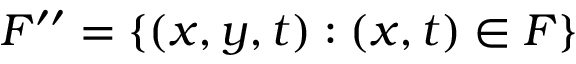
F ^ { \prime \prime } = \{ ( x , y , t ) : ( x , t ) \in F \}